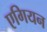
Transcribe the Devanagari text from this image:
एगियन